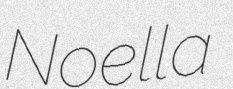
Noella